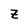
Character: Z